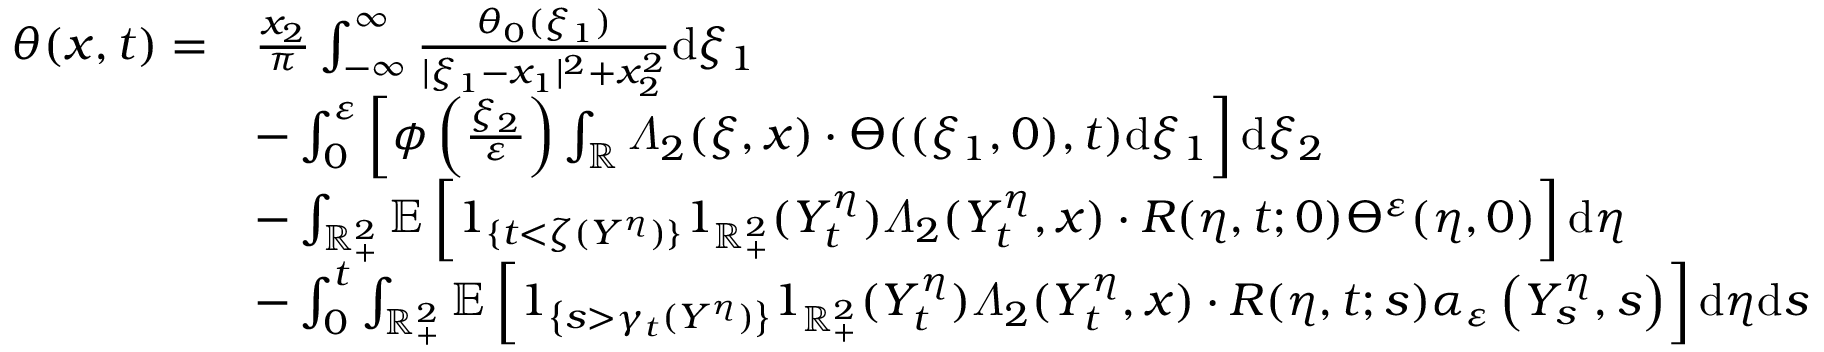
\begin{array} { r l } { \theta ( x , t ) = } & { \frac { x _ { 2 } } { \pi } \int _ { - \infty } ^ { \infty } \frac { \theta _ { 0 } ( \xi _ { 1 } ) } { | \xi _ { 1 } - x _ { 1 } | ^ { 2 } + x _ { 2 } ^ { 2 } } \mathrm { d } \xi _ { 1 } } \\ & { - \int _ { 0 } ^ { \varepsilon } \left[ \phi \left( \frac { \xi _ { 2 } } { \varepsilon } \right) \int _ { \mathbb { R } } \varLambda _ { 2 } ( \xi , x ) \cdot \varTheta ( ( \xi _ { 1 } , 0 ) , t ) \mathrm { d } \xi _ { 1 } \right] \mathrm { d } \xi _ { 2 } } \\ & { - \int _ { \mathbb { R } _ { + } ^ { 2 } } \mathbb { E } \left[ 1 _ { \{ t < \zeta ( Y ^ { \eta } ) \} } 1 _ { \mathbb { R } _ { + } ^ { 2 } } ( Y _ { t } ^ { \eta } ) \varLambda _ { 2 } ( Y _ { t } ^ { \eta } , x ) \cdot R ( \eta , t ; 0 ) \varTheta ^ { \varepsilon } ( \eta , 0 ) \right] \mathrm { d } \eta } \\ & { - \int _ { 0 } ^ { t } \int _ { \mathbb { R } _ { + } ^ { 2 } } \mathbb { E } \left[ 1 _ { \left\{ s > \gamma _ { t } ( Y ^ { \eta } ) \right\} } 1 _ { \mathbb { R } _ { + } ^ { 2 } } ( Y _ { t } ^ { \eta } ) \varLambda _ { 2 } ( Y _ { t } ^ { \eta } , x ) \cdot R ( \eta , t ; s ) \alpha _ { \varepsilon } \left( Y _ { s } ^ { \eta } , s \right) \right] \mathrm { d } \eta \mathrm { d } s } \end{array}